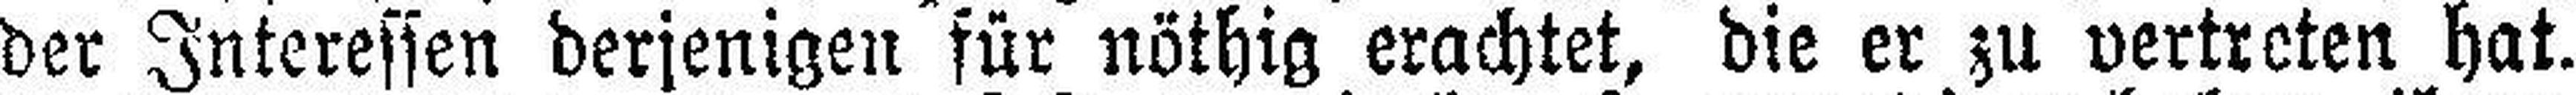
der Interessen derjenigen für nöthig erachtet, die er zu vertreten hat.